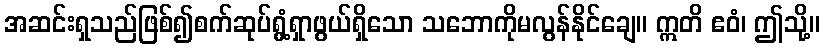
အဆင်းရှသည်ဖြစ်၍စက်ဆုပ်ရွံ့ရှာဖွယ်ရှိသော သဘောကိုမလွန်နိုင်ချေ။ ဣတိ ဧဝံ၊ ဤသို့။